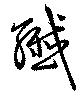
繊